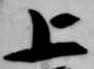
上